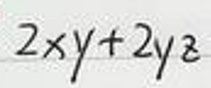
\[2xy + 2yz\]